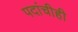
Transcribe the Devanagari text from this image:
पदांचीही